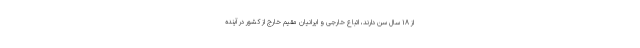
از ۱۸ سال سن دارند، اتباع خارجی و ایرانیان مقیم خارج از کشور در آینده